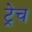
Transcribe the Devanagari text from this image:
ट्रेच